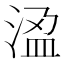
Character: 𭰾